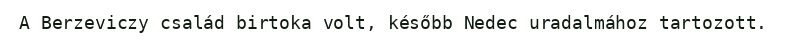
A Berzeviczy család birtoka volt, később Nedec uradalmához tartozott.